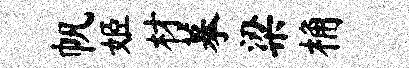
帆姬材摹梁桷